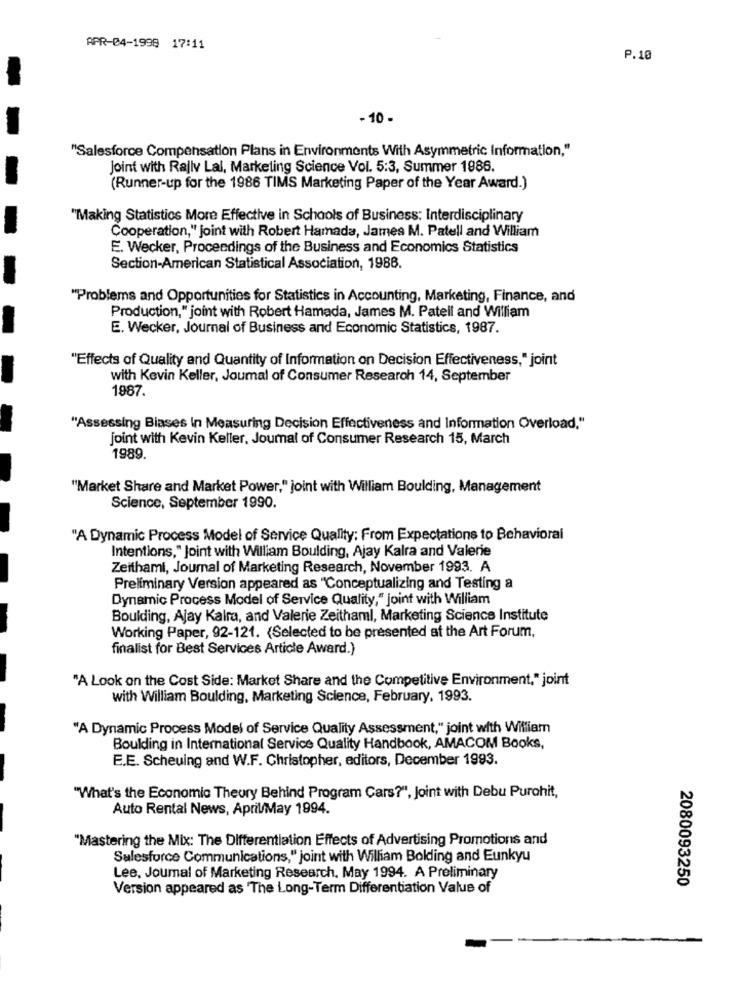
APR-04-1998 17:11
P.10
- 10 -
"Salesforce Compensation Plans in Environments With Asymmetric Information,"
Joint with Rally Lal, Marketing Science Vol. 5:3, Summer 1986.
(Runner-up for the 1986 TIMS Marketing Paper of the Year Award.)
"Making Statistics More Effective in Schools of Business: Interdisciplinary
Cooperation," joint with Robert Hamada, James M. Patell and William
E. Wecker, Proceedings of the Business and Economics Statistics
Section-American Statistical Association, 1988.
"Problems and Opportunities for Statistics in Accounting, Marketing, Finance, and
Production," joint with Robert Hamada, James M. Patell and William
E. Wecker, Journal of Business and Economic Statistics, 1987.
"Effects of Quality and Quantity of Information on Decision Effectiveness," joint
with Kevin Keller, Joumal of Consumer Research 14, September
1987
"Assessing Biases In Measuring Decision Effectiveness and Information Overload,"
joint with Kevin Keller, Journal of Consumer Research 15, March
1989.
"Market Share and Market Power," joint with William Boulding, Management
Science, September 1990.
"A Dynamic Process Model of Service Quality; From Expectations to Behavioral
Intentions," Joint with William Boulding, Ajay Kalra and Valerie
Zeithami, Journal of Marketing Research, November 1993. A
Preliminary Version appeared as "Conceptualizing and Testing a
Dynamic Process Model of Service Quality," joint with William
Boulding, Ajay Kalra, and Valerie Zeithaml, Marketing Science Institute
Working Paper, 92-121. (Selected to be presented at the Art Forum,
finalist for Best Services Article Award.)
"A Look on the Cost Side: Market Share and the Competitive Environment," joint
with William Boulding, Marketing Science, February, 1993.
"A Dynamic Process Model of Service Quality Assessment," joint with William
Boulding in International Service Quality Handbook, AMACOM Books,
E.E. Scheuing and W.F. Christopher, editors, December 1993.
"What's the Economic Theory Behind Program Cars?", Joint with Debu Purohit,
Auto Rental News, April/May 1994.
"Mastering the Mix: The Differentiation Effects of Advertising Promotions and
Salesforce Communications," joint with William Bolding and Eunkyu
Lee, Joumal of Marketing Research. May 1994. A Preliminary
2080093250
Version appeared as The Long-Term Differentiation Value of